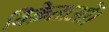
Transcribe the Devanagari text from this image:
विक्रेताओं।